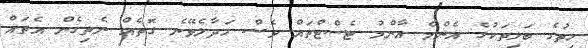
ހިތުގެ ބަލިތަކުގެ އެންމެ އާންމު ޓެސްޓްތައް ވެސް ހަދާލެވޭނެ ގޮތެއް ނެތިގެން އެތައް